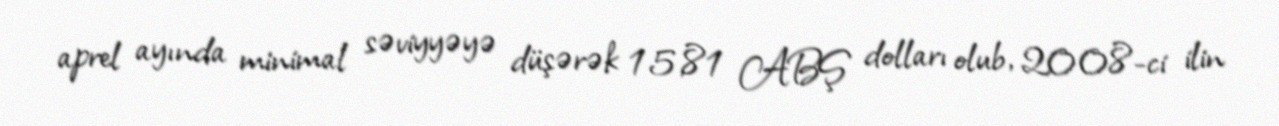
aprel ayında minimal səviyyəyə düşərək 15,81 ABŞ dolları olub, 2008-ci ilin